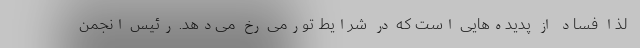
لذا فساد از پدیده‌هایی است که در شرایط تورمی رخ می‌دهد. رئیس انجمن